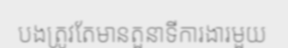
បងត្រូវតែមានតួនាទីការងារមួយ